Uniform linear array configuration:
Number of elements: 4
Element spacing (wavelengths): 0.75
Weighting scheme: cosine
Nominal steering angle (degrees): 0
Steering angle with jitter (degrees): -0.1275
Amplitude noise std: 0.05
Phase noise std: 0.05

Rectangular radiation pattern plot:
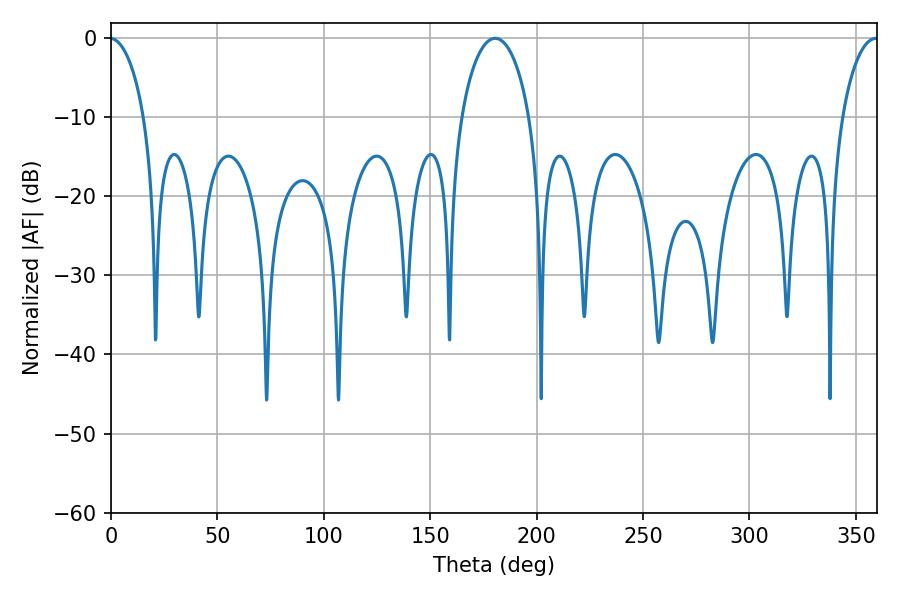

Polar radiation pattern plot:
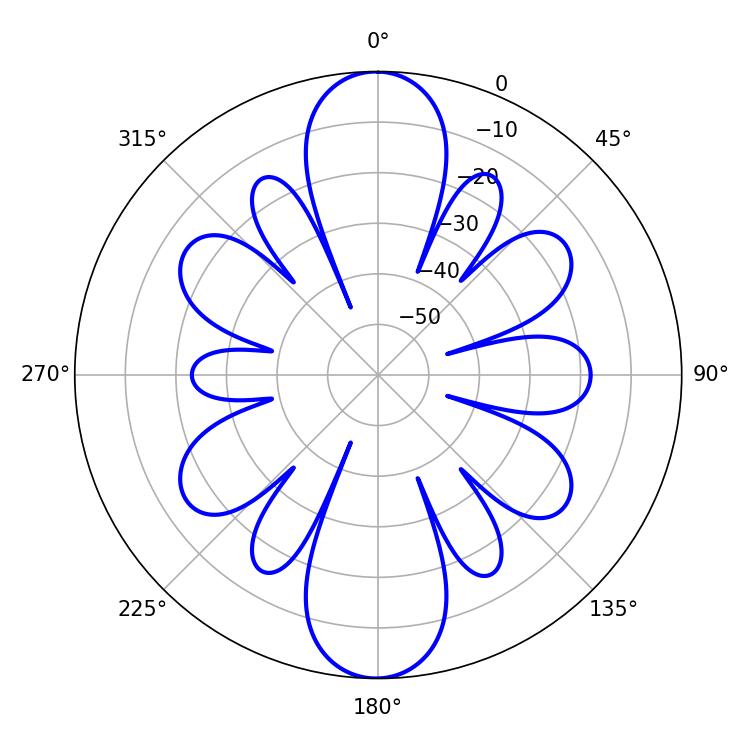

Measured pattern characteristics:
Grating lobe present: TRUE
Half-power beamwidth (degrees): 18.36
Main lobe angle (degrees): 180.54